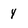
Character: y